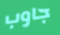
جاوب